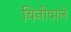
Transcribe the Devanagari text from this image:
बिनीवाले